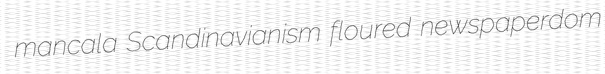
mancala Scandinavianism floured newspaperdom